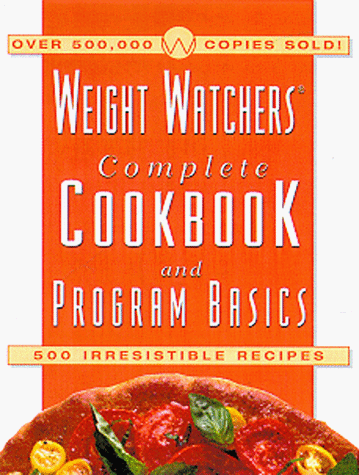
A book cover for The Weight Watchers Complete Cookbook and Program Basics; Weight Watchers Editors; Health, Fitness & Dieting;